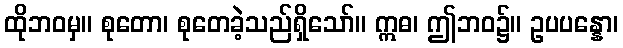
ထိုဘဝမှ။ စုတော၊ စုတေခဲ့သည်ရှိသော်။ ဣဓ၊ ဤဘဝ၌။ ဥပပန္နော၊